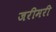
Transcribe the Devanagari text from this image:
जरीमरी